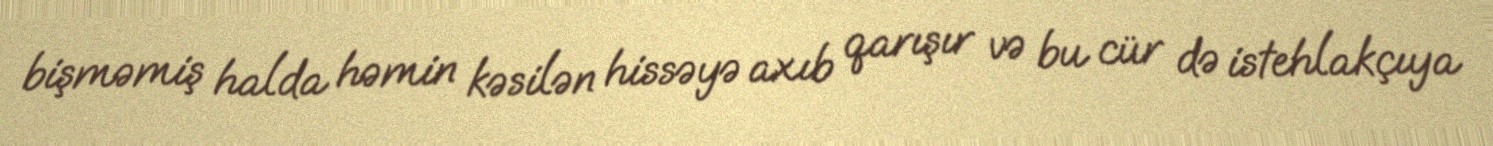
bişməmiş halda həmin kəsilən hissəyə axıb qarışır və bu cür də istehlakçıya